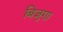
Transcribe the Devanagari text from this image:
बिजुगा